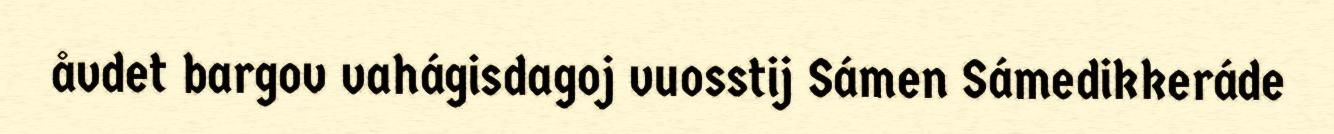
åvdet bargov vahágisdagoj vuosstij Sámen Sámedikkeráde